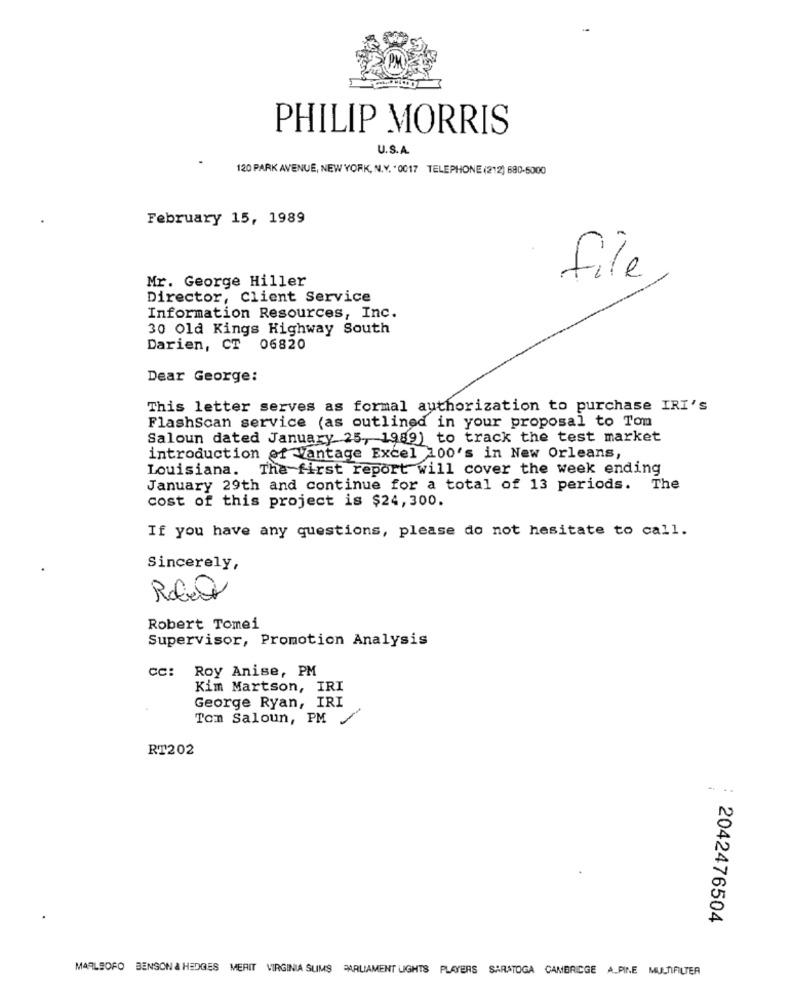
PHILIP MORRIS
U.S.A.
120 PARK AVENUE, NEW YORK, N.Y. "0017 TELEPHONE (212) 680-5000
February 15, 1989
file
Mr. George Hiller
Director, Client Service
Information Resources, Inc.
30 Old Kings Highway South
Darien, CT 06820
Dear George:
This letter serves as formal authorization to purchase IRI's
FlashScan service (as outlined in your proposal to Tom
Saloun dated January 25, 1989) to track the test market
introduction of Vantage Excel 100's in New Orleans,
Louisiana. The first report will cover the week ending
January 29th and continue for a total of 13 periods. The
cost of this project is $24,300.
If you have any questions, please do not hesitate to call.
Sincerely,
Robert
Robert Tomei
Supervisor, Promotion Analysis
cc: Roy Anise, PM
Kim Martson, IRI
George Ryan, IRI
Tom Saloun, PM /
RT202
2042476504
MARLBORO BENSON & HEDGES MERIT VIRGINIA SUMS PARLIAMENT LIGHTS PLAYERS SARATOGA CAMBRIDGE ALPINE MULTIFILTER